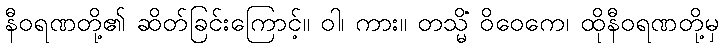
နီဝရဏတို့၏ ဆိတ်ခြင်းကြောင့်။ ဝါ၊ ကား။ တသ္မိံ ဝိဝေကေ၊ ထိုနီဝရဏတို့မှ